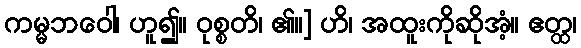
ကမ္မဘဝေါ၊ ဟူ၍။ ဝုစ္စတိ၊ ၏။] ဟိ၊ အထူးကိုဆိုအံ့။ ဧတ္ထ၊